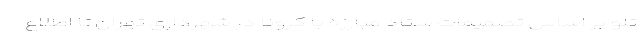
تلو بر اساس تصمیمات ستاد مبارزه با کرونا در شهرداری تهران تا اطلاع